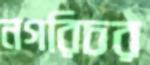
নগরিচর